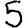
Digit: 5